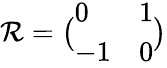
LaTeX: \mathcal{R}=\bigl(\begin{array}{ll}{0}&{1}\\ {-1}&{0}\end{array}\bigr)